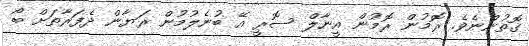
ގޮތުންނެވެ. ރޮމުން ރޮމުން އީނާލް ސޮރީ އޭ ބުނެލުމުން ރަޔާން ދެފަރާތަށް ބޯ